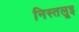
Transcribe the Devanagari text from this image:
निस्तल्रूइ